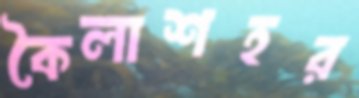
কৈলাশহর